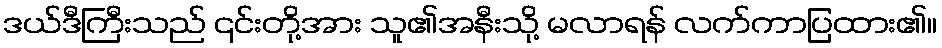
ဒယ်ဒီကြီးသည် ၎င်းတို့အား သူ၏အနီးသို့ မလာရန် လက်ကာပြထား၏။